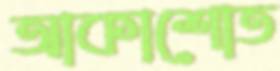
আকাশোত